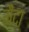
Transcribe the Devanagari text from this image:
मैंदा